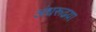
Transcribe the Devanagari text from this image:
अंधरूढय़ा